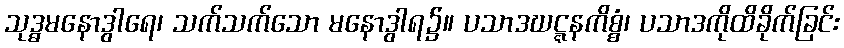
သုဒ္ဓမနောဒွါရေ၊ သက်သက်သော မနောဒွါရ၌။ ပသာဒဃဋ္ဋနကိစ္စံ၊ ပသာဒကိုထိခိုက်ခြင်း